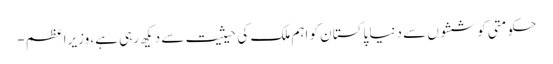
حکومتی کوششوں سے دنیا پاکستان کو اہم ملک کی حیثیت سے دیکھ رہی ہے، وزیراعظم -